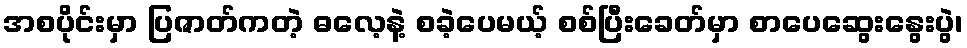
အစပိုင်းမှာ ပြဇာတ်ကတဲ့ ဓလေ့နဲ့ စခဲ့ပေမယ့် စစ်ပြီးခေတ်မှာ စာပေဆွေးနွေးပွဲ၊